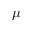
\mu